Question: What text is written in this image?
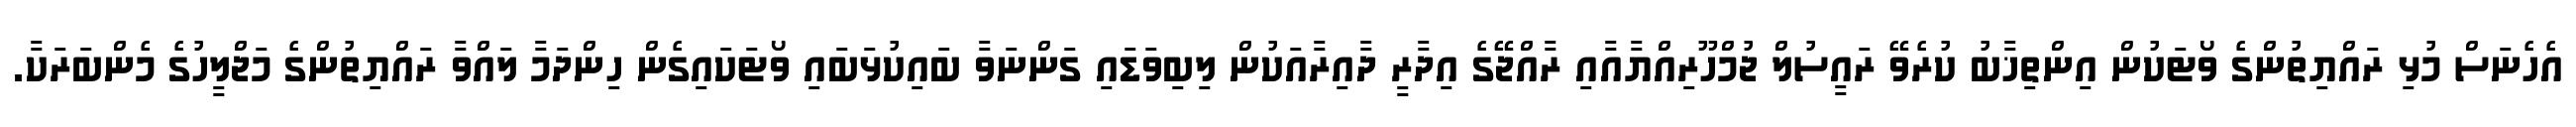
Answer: އެހެނަސް މުޅި ރައްޔިތުންގެ ވޯޓަކުން އިންތިޚާބު ކުރެވޭ ރައީސުލް ޖުމްހޫރިއްޔާއާއި ރާއްޖޭގެ އިދާރީ ދާއިރާއަކުން ލިބިވަޑައި ގަންނަވާ ބައިކުޅަބައި ވޯޓަކައިގެން ހިންދަމާ ލައްވާ ރައްޔިތުންގެ މަޖްލީހުގެ މެންބަރަކާ.